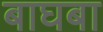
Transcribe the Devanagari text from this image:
बाघबा